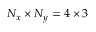
N _ { x } \times N _ { y } = 4 \times 3